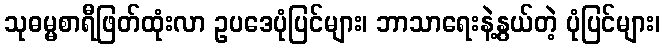
သုဓမ္မစာရီဖြတ်ထုံးလာ ဥပဒေပုံပြင်များ၊ ဘာသာရေးနဲ့နွယ်တဲ့ ပုံပြင်များ၊